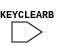
module KEY_CLEAR (
	KEYCLEARB
);

input KEYCLEARB;

specify
	specparam PATHPULSE$ = 0;
endspecify

endmodule